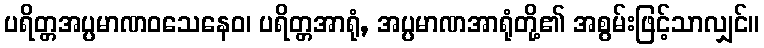
ပရိတ္တအပ္ပမာဏဝသေနေဝ၊ ပရိတ္တအာရုံ, အပ္ပမာဏအာရုံတို့၏ အစွမ်းဖြင့်သာလျှင်။